Vaccination in Bombay 1869-1873 - 1869-1873
Year: 1869
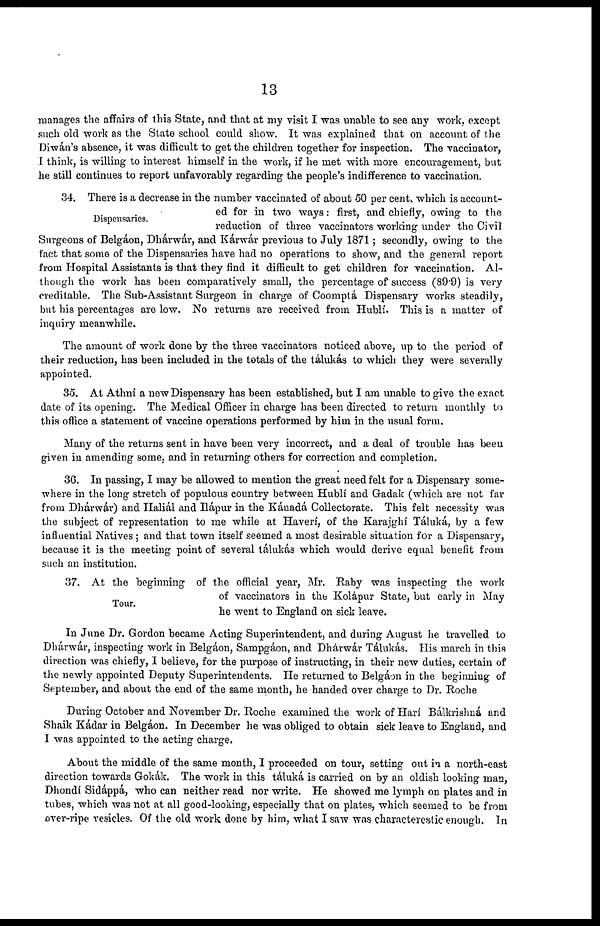
13
manages the affairs of this State, and that at my visit I was unable to see any work, except
such old work as the State school could show. It was explained that on account of the
Diwán's absence, it was difficult to get the children together for inspection. The vaccinator,
I think, is willing to interest himself in the work, if he met with more encouragement, but
he still continues to report unfavorably regarding the people's indifference to vaccination.
Dispensaries.
34. There is a decrease in the number vaccinated of about 50 per cent. which is account-
ed for in two ways: first, and chiefly, owing to the
reduction of three vaccinators working under the Civil
Surgeons of Belgáon, Dhárwár, and Kárwár previous to July 1871; secondly, owing to the
fact that some of the Dispensaries have had no operations to show, and the general report
from Hospital Assistants is that they find it difficult to get children for vaccination. Al-
though the work has been comparatively small, the percentage of success (89.9) is very
creditable. The Sub-Assistant Surgeon in charge of Coomptá Dispensary works steadily,
but his percentages are low. No returns are received from Hublí. This is a matter of
inquiry meanwhile.
The amount of work done by the three vaccinators noticed above, up to the period of
their reduction, has been included in the totals of the tálukás to which they were severally
appointed.
35. At Athni a new Dispensary has been established, but I am unable to give the exact
date of its opening. The Medical Officer in charge has been directed to return monthly to
this office a statement of vaccine operations performed by him in the usual form.
Many of the returns sent in have been very incorrect, and a deal of trouble has been
given in amending some, and in returning others for correction and completion.
36. In passing, I may be allowed to mention the great need felt for a Dispensary some-
where in the long stretch of populous country between Hubli and Gadak (which are not far
from Dhárwár) and Haliál and Hápur in the Kánadá Collectorate. This felt necessity was
the subject of representation to me while at Haverí, of the Karajghí Táluká, by a few
influential Natives; and that town itself seemed a most desirable situation for a Dispensary,
because it is the meeting point of several tálukás which would derive equal benefit from
such an institution.
Tour.
37. At the beginning of the official year, Mr. Raby was inspecting the work
of vaccinators in the Kolápur State, but early in May
he went to England on sick leave.
In June Dr. Gordon became Acting Superintendent, and during August he travelled to
Dhárwár, inspecting work in Belgáon, Sampgáon, and Dhárwár Tálukás. His march in this
direction was chiefly, I believe, for the purpose of instructing, in their new duties, certain of
the newly appointed Deputy Superintendents. He returned to Belgáon in the beginning of
September, and about the end of the same month, he handed over charge to Dr. Roche
During October and November Dr. Roche examined the work of Harí Bálkrishná and
Shaik Kádar in Belgáon. In December he was obliged to obtain sick leave to England, and
I was appointed to the acting charge.
About the middle of the same month, I proceeded on tour, setting out in a north-east
direction towards Gokák. The work in this táluká is carried on by an oldish looking man,
Dhondí Sidáppá, who can neither read nor write. He showed me lymph on plates and in
tubes, which was not at all good-looking, especially that on plates, which seemed to be from
over-ripe vesicles. Of the old work done by him, what I saw was characterestic enough. In